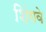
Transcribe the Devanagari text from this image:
शिंगवे